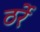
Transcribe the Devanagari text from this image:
ठर्रे